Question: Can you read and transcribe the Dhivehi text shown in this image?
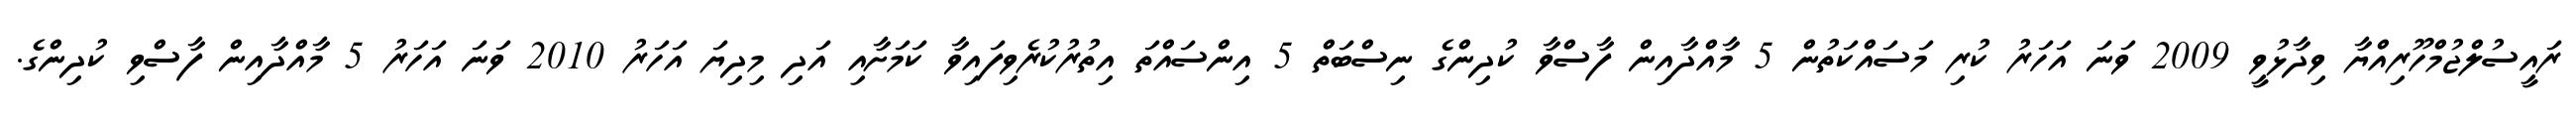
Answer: ރައީސުލްޖުމްހޫރިއްޔާ ވިދާޅުވީ 2009 ވަނަ އަހަރު ކުރި މަސައްކަތުން 5 މާއްދާއިން ފާސްވާ ކުދިންގެ ނިސްބަތް 5 އިންސައްތަ އިތުރުކުރެވިފައިވާ ކަމަށާއި އަދި މިދިޔަ އަހަރު 2010 ވަނަ އަހަރު 5 މާއްދާއިން ފާސްވި ކުދިންގެ.